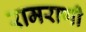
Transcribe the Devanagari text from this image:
रामराणी